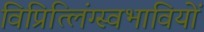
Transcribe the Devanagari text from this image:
विप्रित्लिंग्स्वभावियों